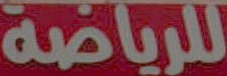
للرياضة